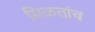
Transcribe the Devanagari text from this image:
मिळतांच